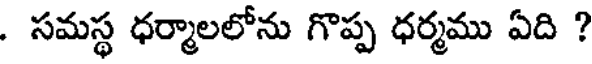
. సమస్థ ధర్మాలలోను గొప్ప ధర్మము ఏది ?